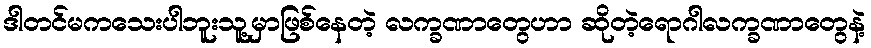
ဒါတင်မကသေးပါဘူးသူ့မှာဖြစ်နေတဲ့ လက္ခဏာတွေဟာ ဆိုတဲ့ရောဂါလက္ခဏာတွေနဲ့